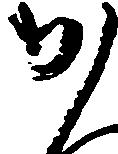
か